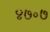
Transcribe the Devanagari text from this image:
४७॰७